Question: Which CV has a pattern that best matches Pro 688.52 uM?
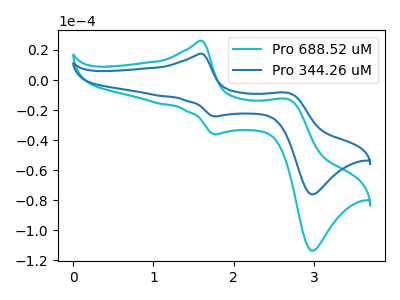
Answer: <think>The cyan curve "Pro 688.52 uM" has anodic peaks at (1.60V, 26.05uA) (2.70V, -12.90uA) and cathodic peaks at (1.75V, -36.10uA) (3.00V, -113.60uA). The blue curve "Pro 344.26 uM" has anodic peaks at (1.60V, 17.45uA) (2.70V, -8.65uA) and cathodic peaks at (1.75V, -24.20uA) (3.00V, -76.10uA).
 All the peaks in "Pro 688.52 uM" have a peak in "Pro 344.26 uM" at the same potential.</think>
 <answer>The CV with the most similar shape to "Pro 344.26 uM" is "Pro 688.52 uM".</answer>
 <eval>"Pro 688.52 uM"</eval>